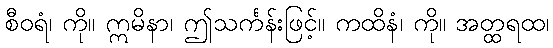
စီဝရံ၊ ကို။ ဣမိနာ၊ ဤသင်္ကန်းဖြင့်။ ကထိနံ၊ ကို။ အတ္ထရထ၊